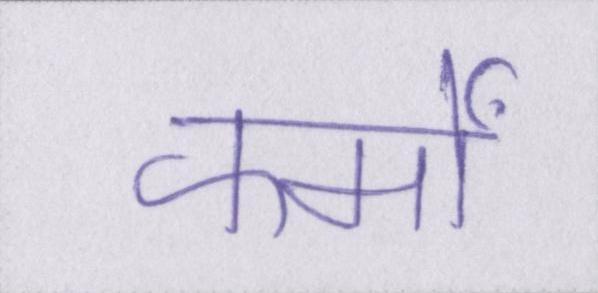
फर्मों